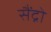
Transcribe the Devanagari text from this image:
सैंद्रो